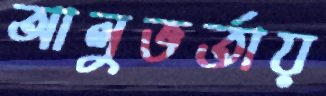
আলুভর্তায়